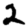
Digit: 2